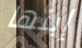
إبنها